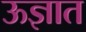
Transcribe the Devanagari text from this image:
ऊज्ञात